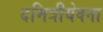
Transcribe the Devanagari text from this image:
दमित्रीयेवना